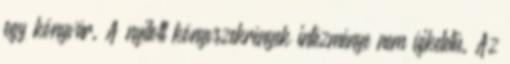
egy könyvár. A nyitott könyvszekrények intézménye nem újkeletű. Az